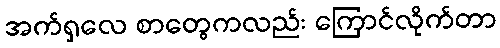
အက်ရှလေ စာတွေကလည်း ကြောင်လိုက်တာ